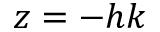
z = - h k